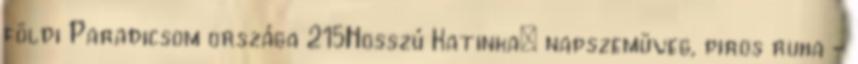
földi Paradicsom országa 215Hosszú Katinka: napszemüveg, piros ruha -